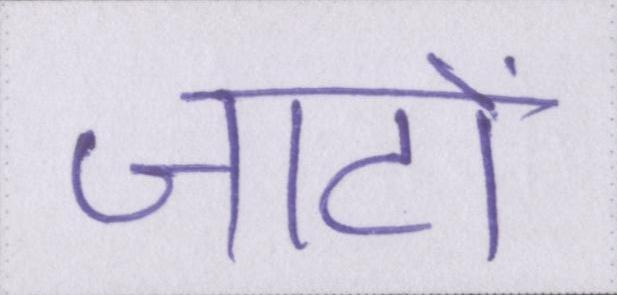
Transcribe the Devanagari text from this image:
जाटों